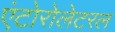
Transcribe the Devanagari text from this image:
एंटोरोलेटरल